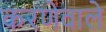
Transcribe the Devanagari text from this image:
करणेवाले